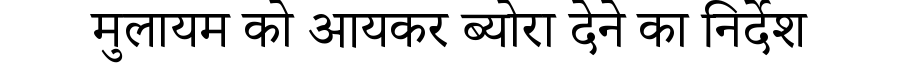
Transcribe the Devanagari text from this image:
मुलायम को आयकर ब्योरा देने का निर्देश